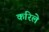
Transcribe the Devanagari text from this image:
करिले